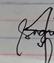
Signature authenticity: genuine